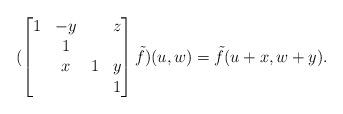
LaTeX: \begin{align*} (\begin{bmatrix}1&-y&&z\\&1&&\\&x&1&y\\&&&1\end{bmatrix}\tilde f)(u,w)=\tilde f(u+x,w+y).\end{align*}